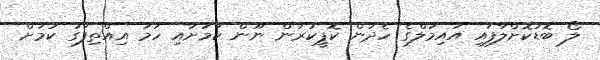
ލޯ ބޮޑުކޮށްލާފައި އައިމަލްގެ ހެދުން ކޮޕީކުރަން ނޫން ކަމަށާއި ހަމަ އިއްތިފާގު ކަމަށް